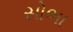
સોભા